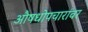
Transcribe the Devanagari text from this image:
औषधोपचारांवर